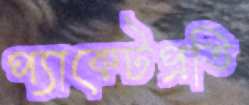
প্যাকেটপ্রতি